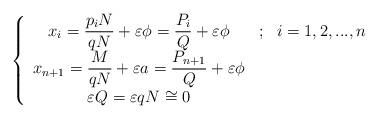
LaTeX: \begin{align*}\left\{ \begin{array}{ccc}x_{i}=\dfrac{p_{i}N}{qN}+\varepsilon \phi =\dfrac{P_{i}}{Q}+\varepsilon \phi& ; & i=1,2,...,n \\ x_{n+1}=\dfrac{M}{qN}+\varepsilon a=\dfrac{P_{n+1}}{Q}+\varepsilon \phi & & \\ \varepsilon Q=\varepsilon qN\cong 0 & & \end{array}\right. \end{align*}